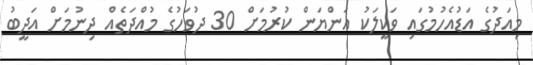
މިއަދުގެ އަޑުއެހުމުގައި ވަކީލަކު އަންޔަން ކުރުމަށް 30 ދުވަހުގެ މުއްދަތެއް ދިނުމަށް އަދީބު